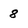
Character: 8